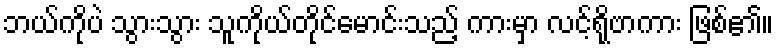
ဘယ်ကိုပဲ သွားသွား သူကိုယ်တိုင်မောင်းသည့် ကားမှာ လင့်ရိုဗာကား ဖြစ်၏။